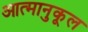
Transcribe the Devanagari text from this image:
आत्मानुकूल